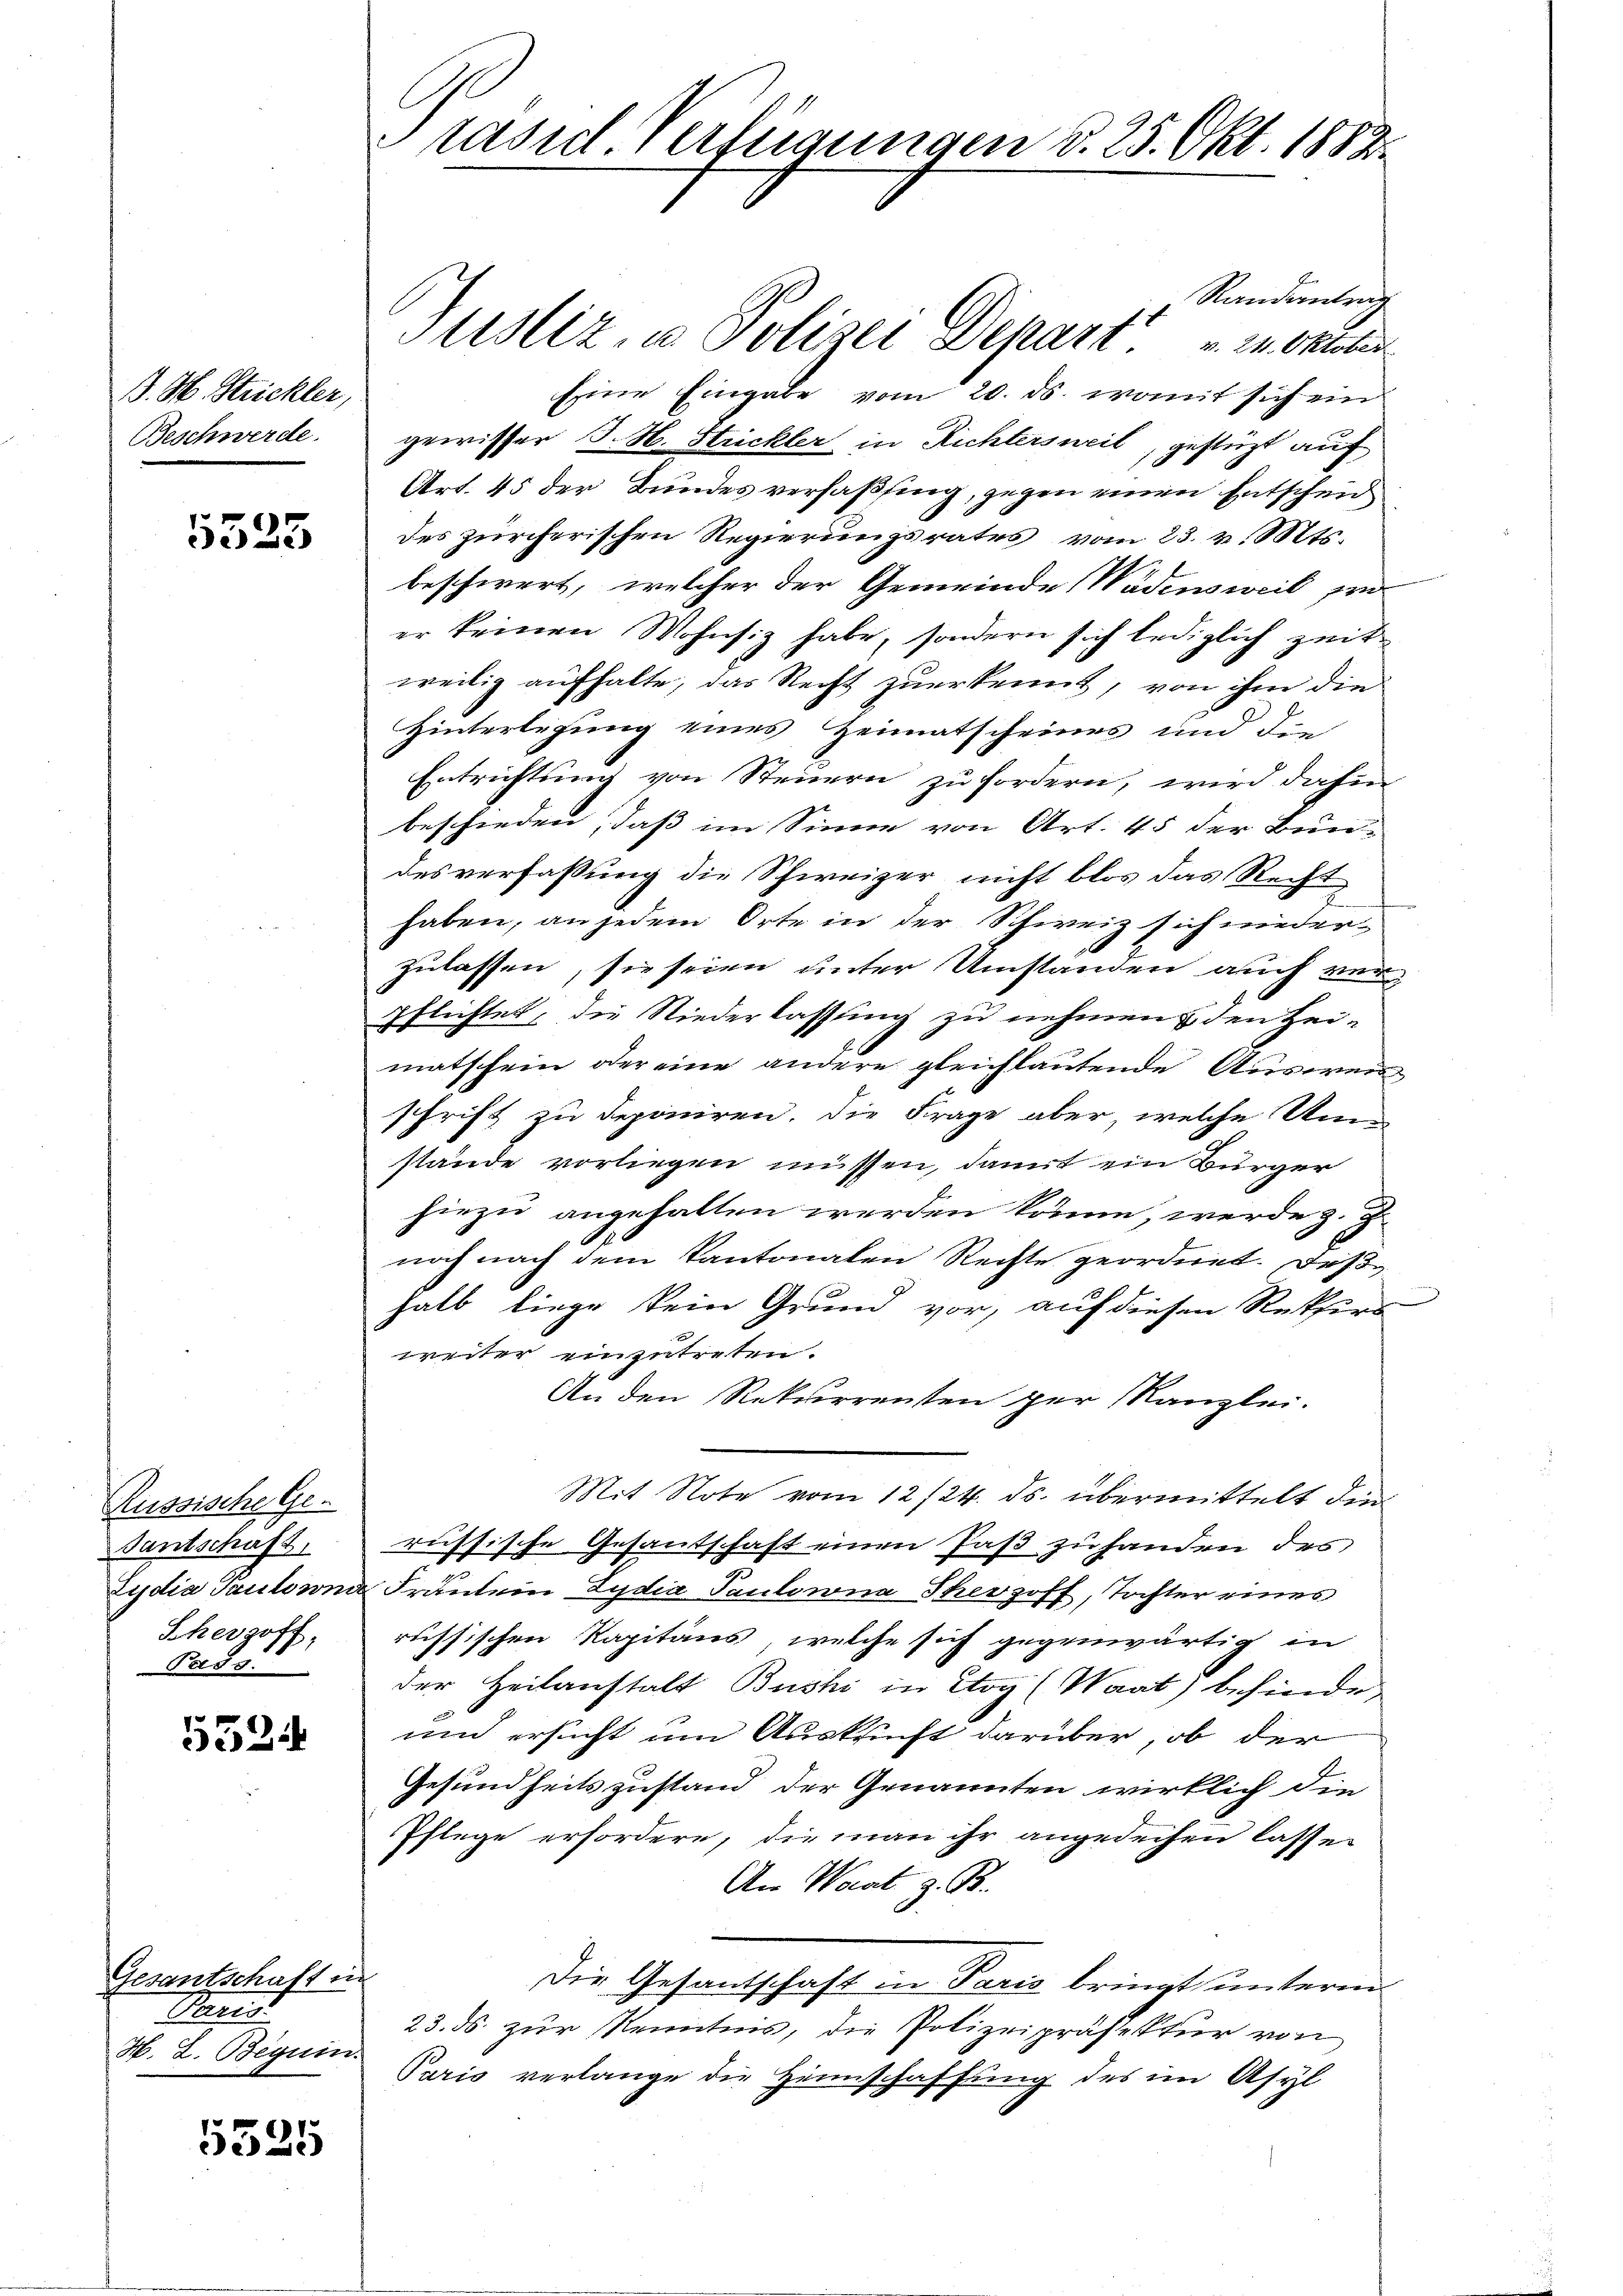
B. H. Strickler,
Beschwerde.

5525

Russische Geantschaft,
Scherzoff,
Pass.

5524

Randantrag
Eine Eingabe vom 20. ds. womit sich ein
gewisser J. H. Strickler in Richtersweil, gestüzt auf
Art. 45 der Bundesverfaßsing, gegen einen Entscheid
des zürcherischen Regierungsrates vom 23. v. Mts.
beschwert, welcher der Gemeinde Wädensweil pro
er keinen Wohnsiz habe, sondern sich lediglich zeit
weilig aufhalte, das Recht zuerkennt, von ihm die
Hinterlegung eines Heimatscheines und die
Entrichtung von Steuern zu fordern, wird dahin
beschieden, daß im Sinne von Art. 45 der Bun
desverfassung die Schweizer nicht blos das Recht
haben, an jedem Orte in der Schweiz sich nieder
zulassen, sie seien unter Umstanden auch ver
pflichtet, die Niederlassung zu nehmen & den Heimatschein oder eine andere gleichlautende Ausweisschrift zu deponiren. Die Frage aber, welche Um
stände vorliegen müssen, damit ein Bürger
hiezu angehalten werden könne, werde z. Z.
noch nach dem Kantonalen Rechte geordnet. Daß
halb liege kein Grund vor, auf diesen Rekfirs
weiter einzutreten.
An den Rekurrenten per Kanzlei.
Mit Note 12. 124. ds. übermittelt den
russische Gesantschaft einen Paß zu handen des
Eydia Paulsund Frantein Lydia Paulowna Therzoff, Tochter eines
russischen Kapitäns, welche sich gegenwärtig in
der Heilanstalt Bushi in Etog (Waat) befinde
und ersucht um Auskunft darüber, ob der
Gesundheitszustand der Genannten wirklich die
Pflege erfordere, die man ihr angedeihen lassen
An Waat z. B.
Die Gesandtschaft in Paris bringt unterm
23. ds. zur Kenntnis, die Polizeipräsektur von
H. L. Beguin Paris verlange die Heimschaffung des im Asyl

Gesantschaft in
Paris

5325

rasil Verfügungen d. 25. Okt. 1883

Justiz, u. Polizei Depart. 21. Oktober